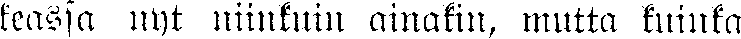
keassa nyt niinkuin ainakin, mutta kuinka